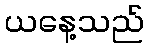
ယနေ့သည်